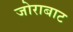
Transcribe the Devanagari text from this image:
जोराबाट